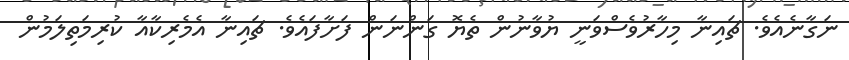
ނަގާނެއެވެ. ޗައިނާ މިހާރުވެސްވަނީ ޔުވާނުން ތެޔޮ ގަންނަން ފަށާފައެވެ. ޗައިނާ އެމެރިކާއާ ކުރިމަތިލަމުން